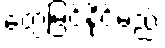
တွေ့မြင်နိုင်မည်